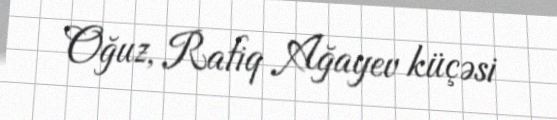
Oğuz, Rafiq Ağayev küçəsi